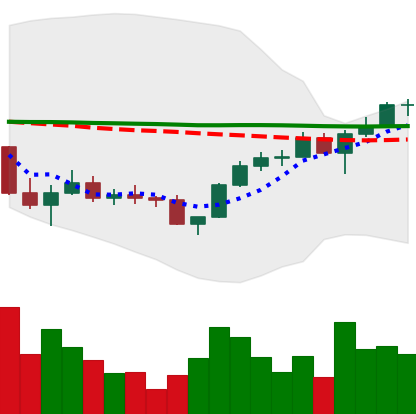
Ticker: LINK-USD
Chart end date: 2022-12-01
Forward return: -7.201%
Label: down_7plus